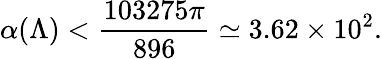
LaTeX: \alpha(\Lambda)<{\frac{103275\pi}{896}}\simeq 3.62\times 10^{2}.